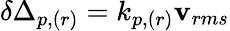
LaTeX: \delta\Delta_{p,(r)}=k_{p,(r)}\mathbf{v}_{rms}